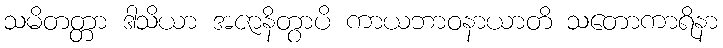
သမိတတ္တာ ဒါသိယာ အဇာနိတွာပိ ကာယဘာဝနာယာတိ သတောကာရိနာ